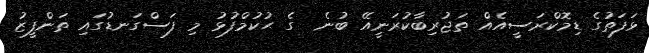
ޅަފަތުގެ ޑިމޮކްރަސީއެއް ތަޖުރިބާކުރަނީއޭ ބުނެ  ގެ ޙުކުމްފުޅު މި ފަސްގަނޑުގައި ތަންފީޒު